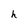
Character: h